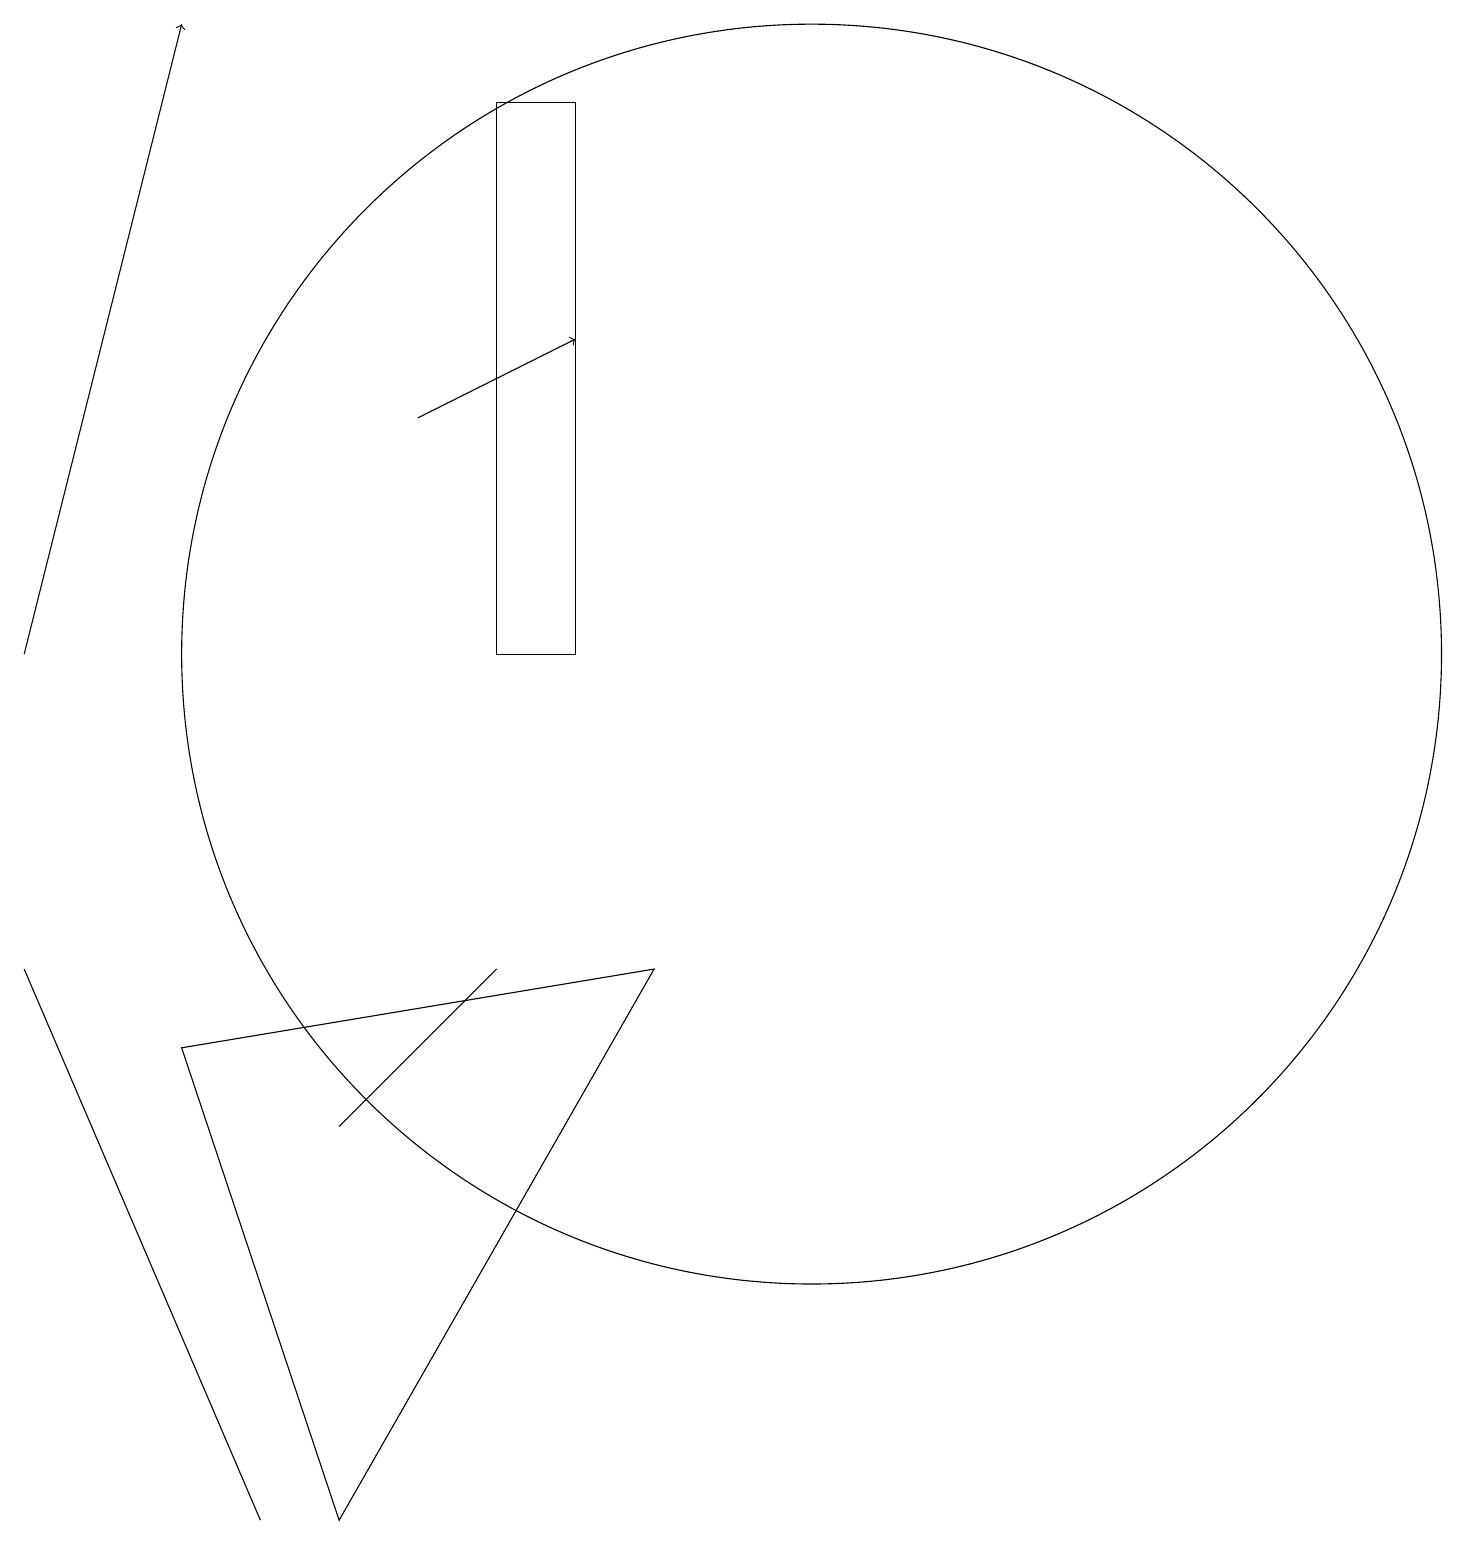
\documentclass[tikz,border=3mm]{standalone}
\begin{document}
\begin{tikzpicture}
\draw (11,11) circle (8);
\draw (6,6) -- (7,7) -- (5,5) -- cycle;
\draw[->] (1,11) -- (3,19);
\draw (1,7) -- (4,0) -- (4,0) -- cycle;
\draw (5,0) -- (3,6) -- (9,7) -- cycle;
\draw[->] (6,14) -- (8,15);
\draw (8,11) rectangle (7,18);
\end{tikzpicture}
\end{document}